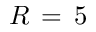
R \, = \, 5